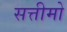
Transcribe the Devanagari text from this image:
सत्तीमो